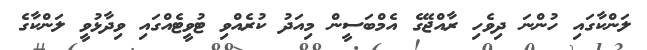
ލަންކާގައި ހުންނަ ދިވެހި ރާއްޖޭގެ އެމްބަސީން މިއަދު ކުރެއްވި ޓުވީޓެއްގައި ވިދާޅުވީ ލަންކާގެ